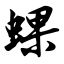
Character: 蜾